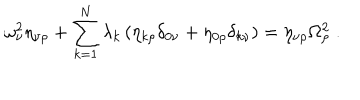
LaTeX: \omega _ { \nu } ^ { 2 } \eta _ { \nu \rho } + \sum _ { k = 1 } ^ { N } \lambda _ { k } \left( \eta _ { k \rho } \delta _ { 0 \nu } + \eta _ { 0 \rho } \delta _ { k \nu } \right) = \eta _ { \nu \rho } \Omega _ { \rho } ^ { 2 } \; .